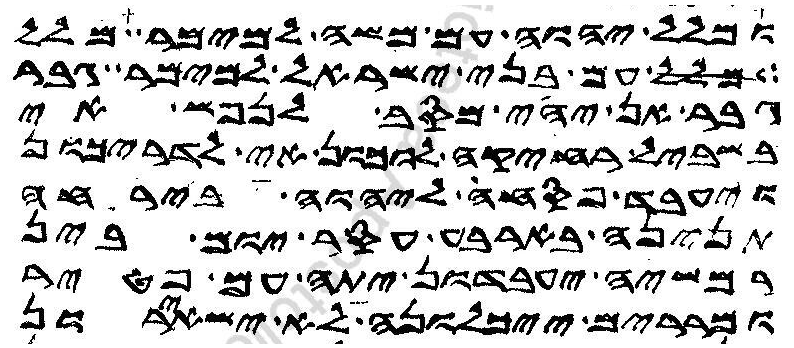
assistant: ומלל יהוה עם משה למימר מלל
מלל עם בני ישראל למימר גבר
גבר אן יהי מסב לנפש אי
בשביל רחיקה לוכון אי לדריכון
ויעבד פסחה ליהוה בירחה
תנינה בארבע עסר יום בין
רמשיה יעבדון יתה עם פטיר
ומררים ייכלונה לא ישאירון